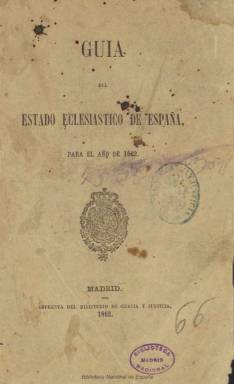
Título: Guía del estado eclesiástico de España
Otros títulos: Guía del estado eclesiástico
Colección: Guías y directorios || Religión
Ámbito geográfico: Madrid
Lugar de publicación: Madrid
Fechas: 01/01/1862-31/12/1862

Ejemplar digitalizado correspondiente al año 1862. Falta digitalizar el resto de la publicación, que comprende los años: 1848, 1850; 1853-1854; 1858; 1860; 1865; 1868